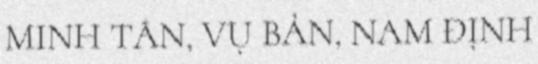
MINH TÂN, VỤ BẢN, NAM ĐỊNH